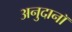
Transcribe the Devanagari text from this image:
अनुदानॉ